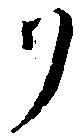
ク